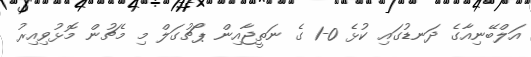
އަލްބޭނިއާގެ ދަނޑުގައި ކުޅެ 0-1 ގެ ނަތީޖާއިން ޕޯޗުގަލް މި މެޗުން މޮޅުވިއިރު